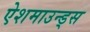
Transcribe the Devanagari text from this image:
ऐशमाउन्ड्स